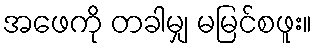
အဖေကို တခါမျှ မမြင်စဖူး။